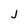
Character: J